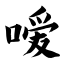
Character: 嗳